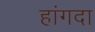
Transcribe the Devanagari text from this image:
हांगदा